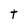
Character: t